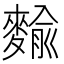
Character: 𪍍